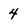
Character: 4